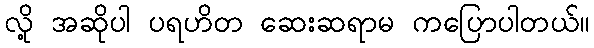
လို့ အဆိုပါ ပရဟိတ ဆေးဆရာမ ကပြောပါတယ်။